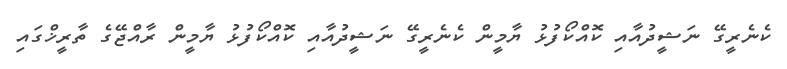
ކެނެރީގޭ ނަޝީދުއާއި ކޮއްކޯފުޅު ޔާމީން ކެނެރީގޭ ނަޝީދުއާއި ކޮއްކޯފުޅު ޔާމީން ރާއްޖޭގެ ތާރީޚްގައި